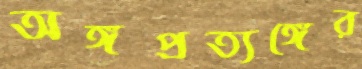
অঙ্গপ্রত্যঙ্গের